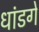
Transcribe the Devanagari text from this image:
धांडगे